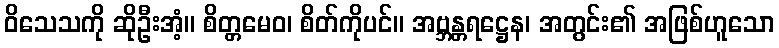
ဝိသေသကို ဆိုဦးအံ့။ စိတ္တမေဝ၊ စိတ်ကိုပင်။ အဗ္ဘန္တရဋ္ဌေန၊ အတွင်း၏ အဖြစ်ဟူသော